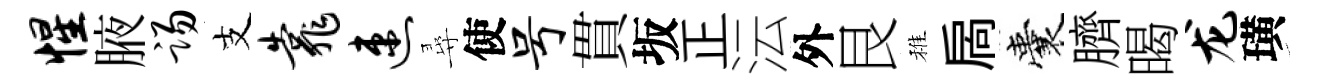
惺腋踢支靠速尋使号貫坂正沄外艮稚扄囊臍暍龙璜